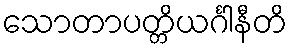
သောတာပတ္တိယင်္ဂါနီတိ